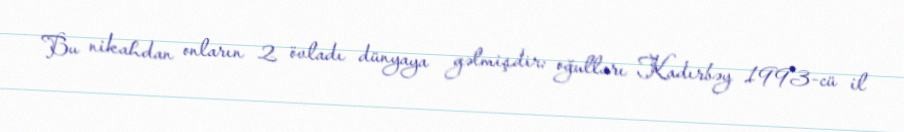
Bu nikahdan onların 2 övladı dünyaya gəlmişdir: oğulları Kadırbəy 1993-cü il